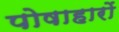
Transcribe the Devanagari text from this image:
पोषाहारों